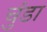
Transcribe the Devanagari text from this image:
चुंडा